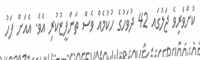
ކުށްވެރިވެ ޖަލުގައ 42 ދުވަހުގެ ހުކުމެއް ވެސް ތަންފީޒުކުރި އެވެ. އެއަށް ފަހު